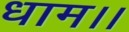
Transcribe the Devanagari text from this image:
धाम।।